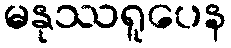
မနုဿရူပေန